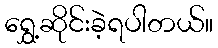
ရွှေ့ဆိုင်းခဲ့ရပါတယ်။